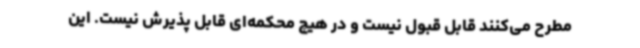
مطرح می‌کنند قابل قبول نیست و در هیچ محکمه‌ای قابل پذیرش نیست. این